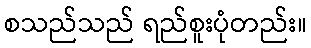
စသည်သည် ရည်စူးပုံတည်း။